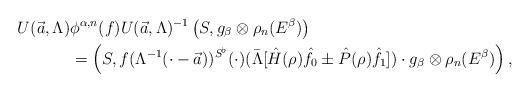
LaTeX: \begin{align*}U(\vec{a},\Lambda)&\phi^{\alpha,n}(f) U(\vec{a},\Lambda)^{-1}\left( S, g_\beta \otimes \rho_n(E^\beta)\right) \\&=\left( S, f(\Lambda^{-1}(\cdot - \vec{a}) )^{S^\flat}(\cdot)(\bar{\Lambda}[\hat{H}(\rho) \hat{f}_0 \pm \hat{P}(\rho)\hat{f}_1] )\cdot g_\beta \otimes \rho_n(E^\beta)\right),\end{align*}